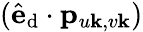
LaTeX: (\hat{\mathbf{e}}_{\textrm{d}}\cdot\mathbf{p}_{u\mathbf{k},v\mathbf{k}})